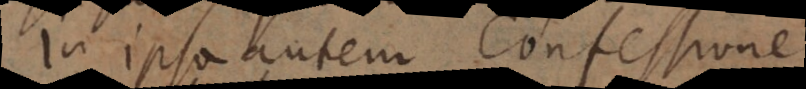
In ipsa autem Confessione